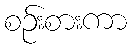
စဉ်းစားကာ